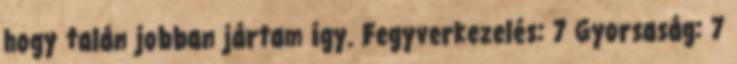
hogy talán jobban jártam így. Fegyverkezelés: 7 Gyorsaság: 7